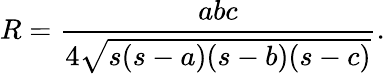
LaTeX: R={\frac{abc}{4{\sqrt{s(s-a)(s-b)(s-c)}}}}.